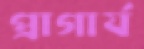
প্রাগার্য